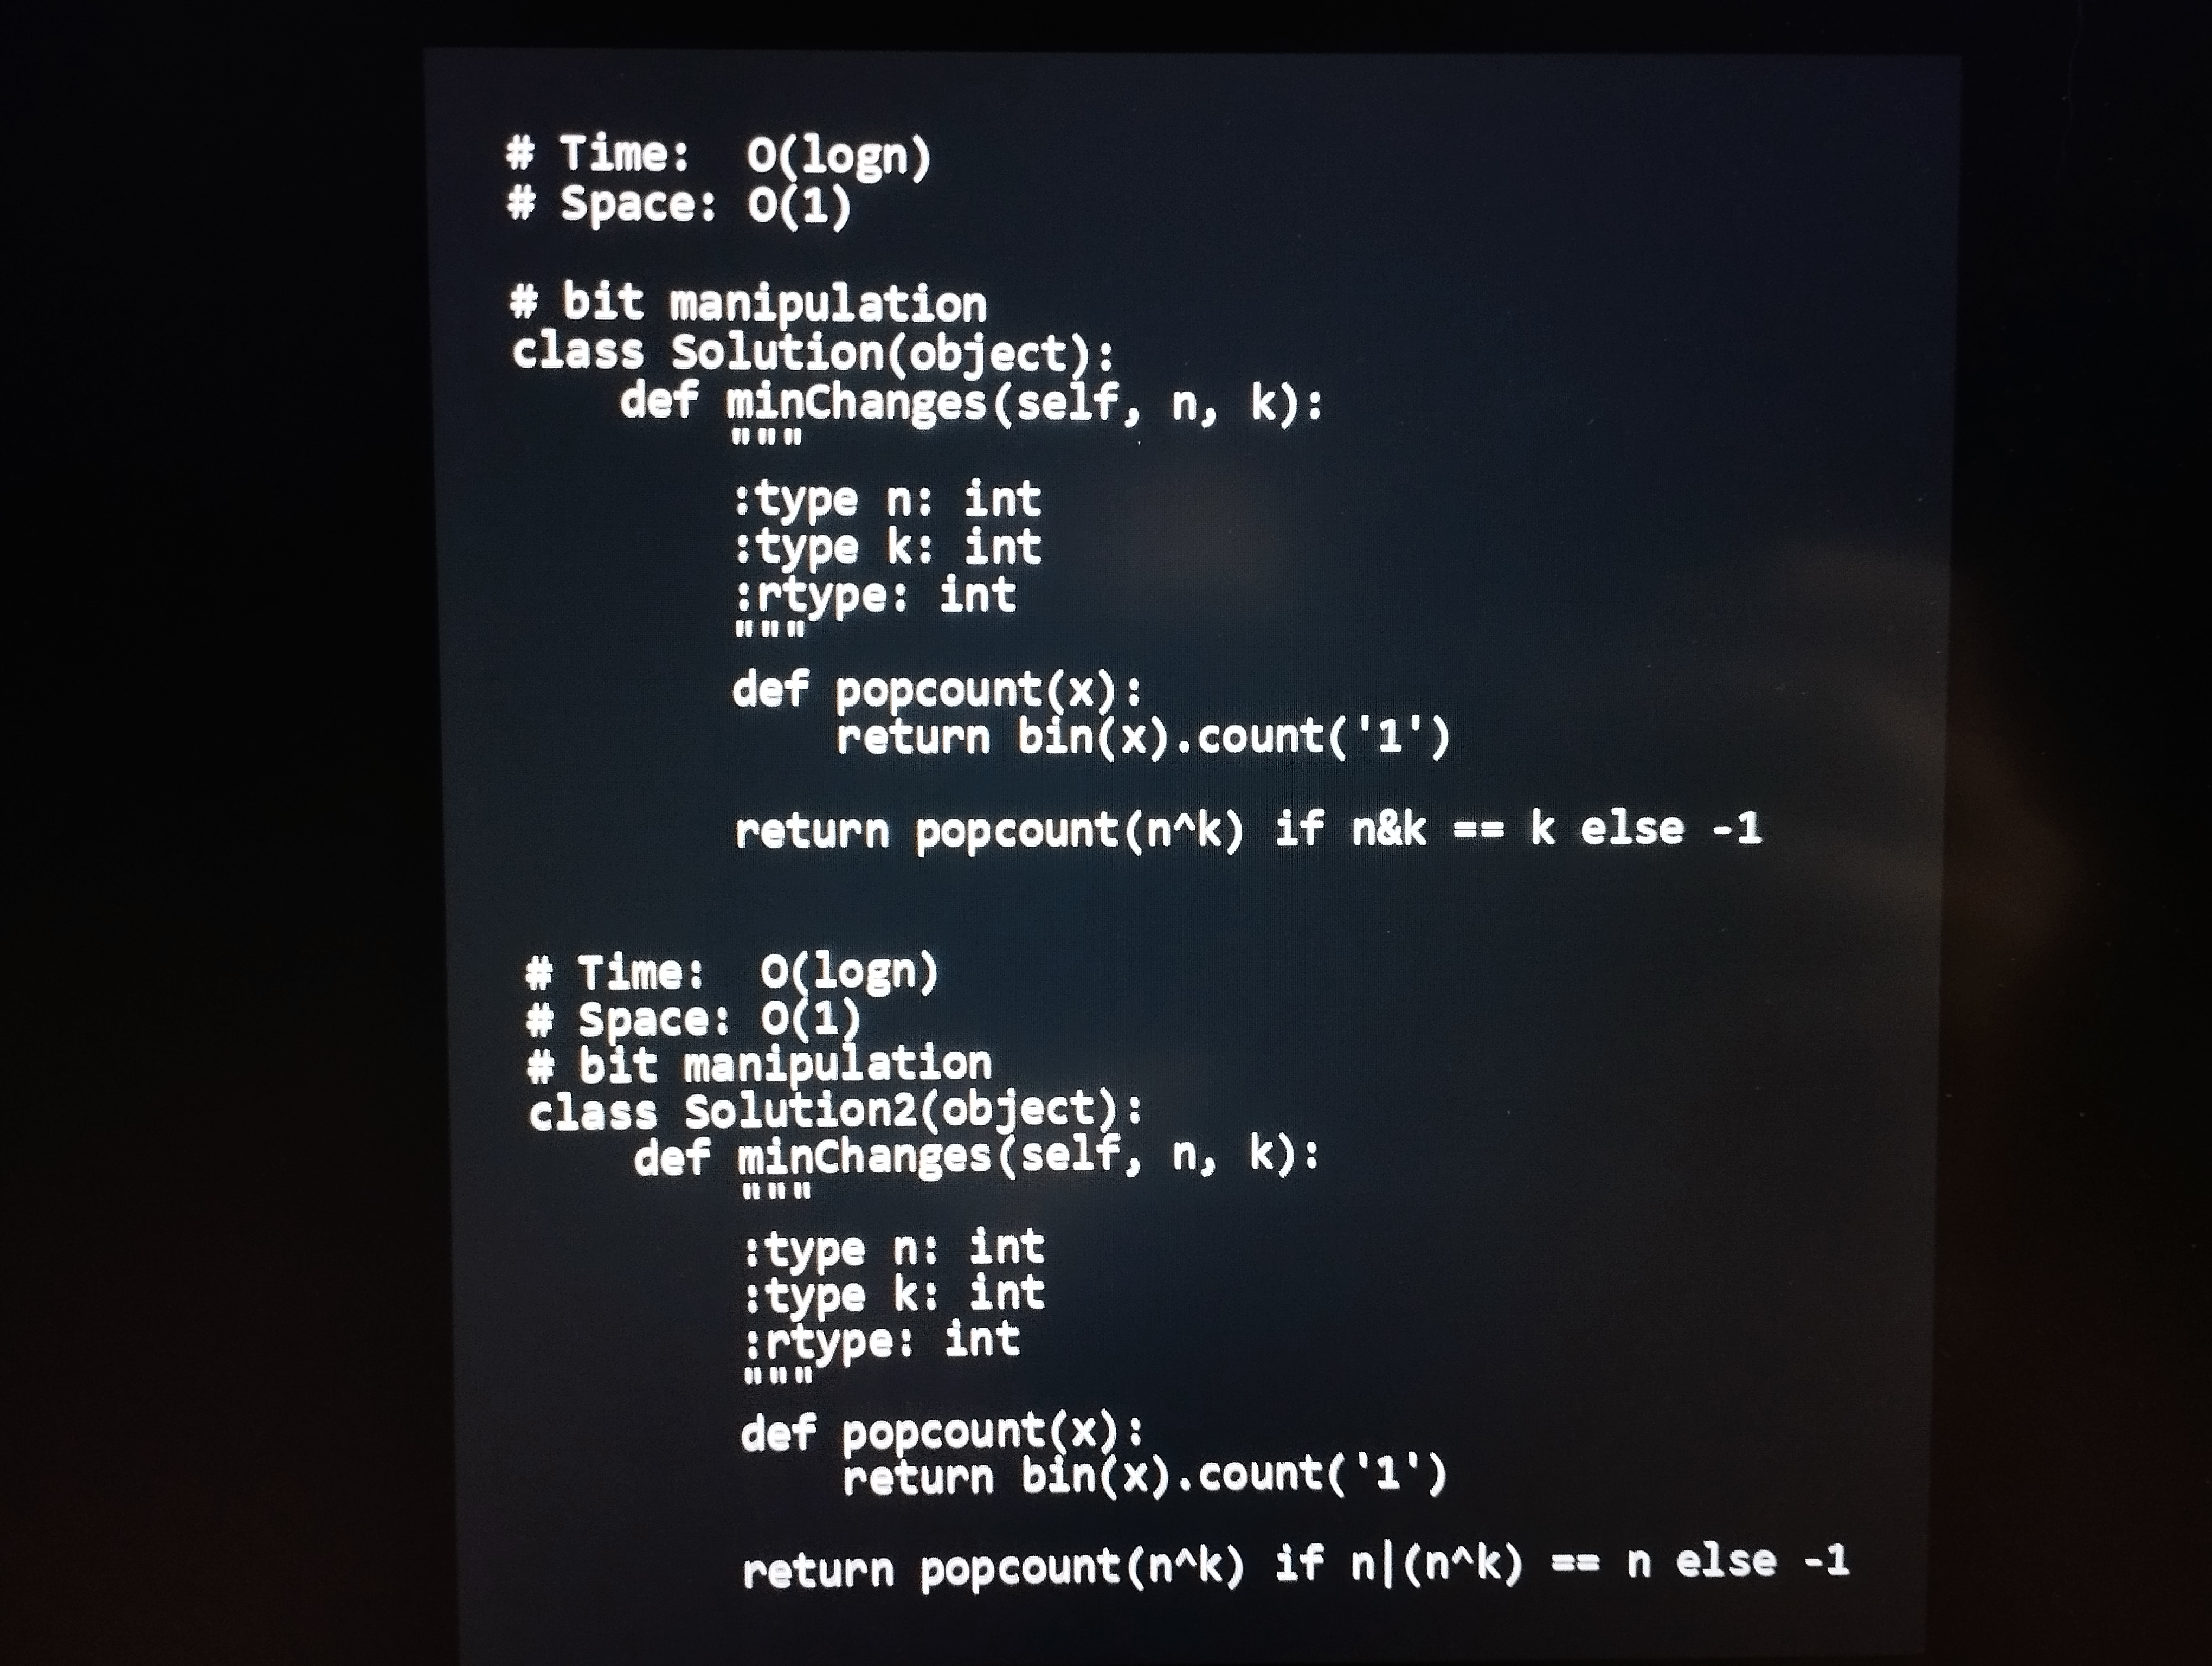
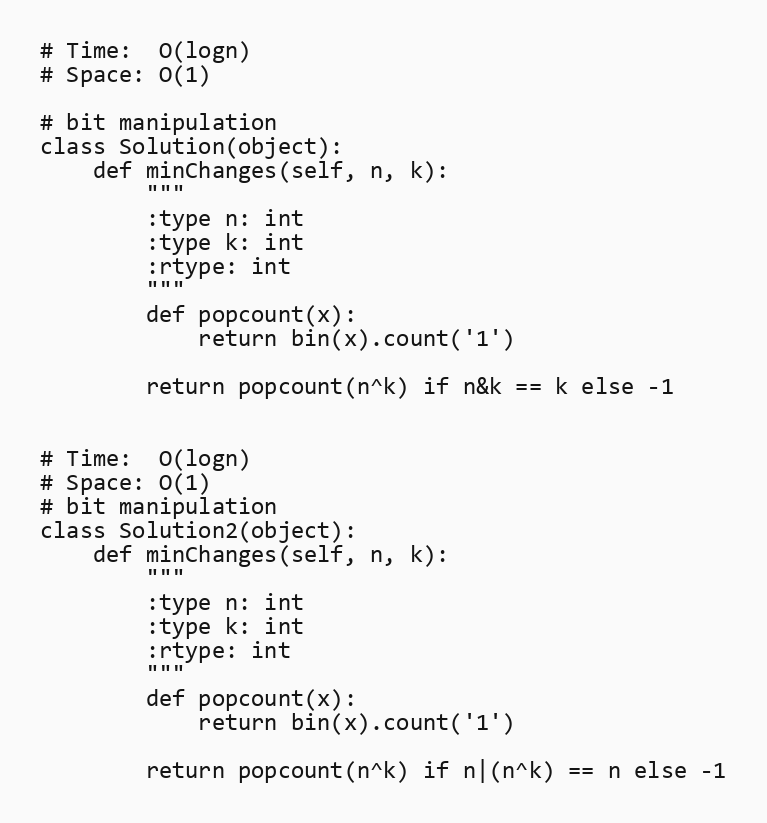
# Time:  O(logn)
# Space: O(1)

# bit manipulation
class Solution(object):
    def minChanges(self, n, k):
        """
        :type n: int
        :type k: int
        :rtype: int
        """
        def popcount(x):
            return bin(x).count('1')

        return popcount(n^k) if n&k == k else -1

# Time:  O(logn)
# Space: O(1)
# bit manipulation
class Solution2(object):
    def minChanges(self, n, k):
        """
        :type n: int
        :type k: int
        :rtype: int
        """
        def popcount(x):
            return bin(x).count('1')

        return popcount(n^k) if n|(n^k) == n else -1